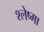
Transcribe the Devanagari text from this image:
श्‍लेष्‍मा